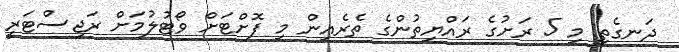
ދަނގެތި މި 5 ރަށުގެ ރައްޔިތުންގެ ތެރެއިން މި ފޮށްޓަށް ވޯޓުލުމަށް ރަޖިސްޓަރީ